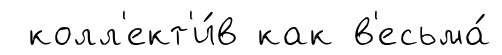
колл'ект'и́в как в'есьма́